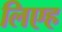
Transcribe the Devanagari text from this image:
लिएह